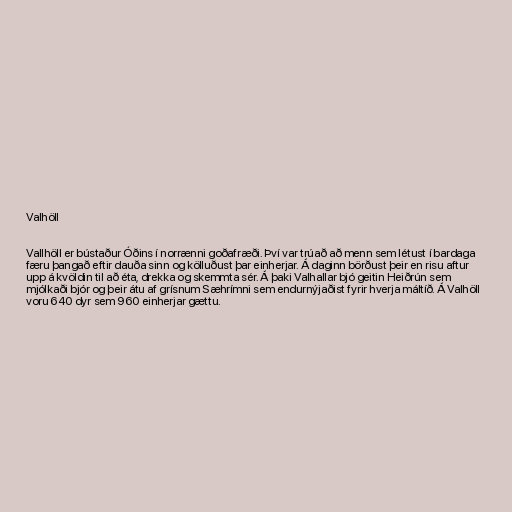
Valhöll

Vallhöll er bústaður Óðins í norrænni goðafræði. Því var trúað að menn sem létust í bardaga
færu þangað eftir dauða sinn og kölluðust þar einherjar. Á daginn börðust þeir en risu aftur
upp á kvöldin til að éta, drekka og skemmta sér. Á þaki Valhallar bjó geitin Heiðrún sem
mjólkaði bjór og þeir átu af grísnum Sæhrímni sem endurnýjaðist fyrir hverja máltíð. Á Valhöll
voru 640 dyr sem 960 einherjar gættu.